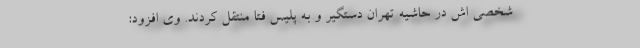
شخصی اش در حاشیه تهران دستگیر و به پلیس فتا منتقل کردند. وی افزود: